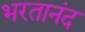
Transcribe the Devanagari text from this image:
भरतानंद